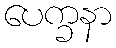
ပေက္ခနာ